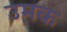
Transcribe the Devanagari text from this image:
उमक